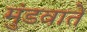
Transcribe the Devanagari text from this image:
मुंडवाते